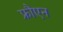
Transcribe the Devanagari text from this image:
फ्रौएन